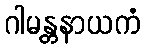
ဂါမန္တနာယကံ